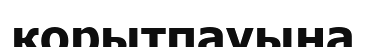
қорытпауына